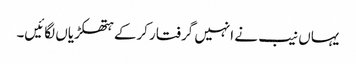
یہاں نیب نے انہیں گرفتار کرکے ہتھکڑیاں لگائیں۔